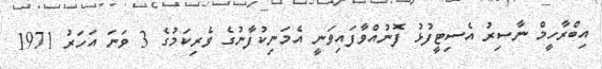
އިބްރާހީމް ނާސިރު އެސިޓީފުޅު ފޮނުއްވާފައިވަނީ އެމަނިކުފާނުގެ ވެރިކަމުގެ 3 ވަނަ އަހަރު 1971